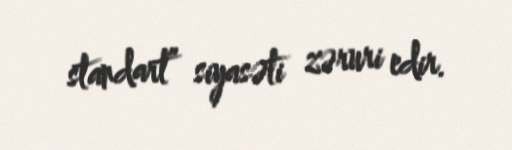
standart” siyasəti zəruri edir.